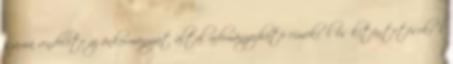
számú rendelete az önkormányzat által adományozható címekről és kitüntetésekről